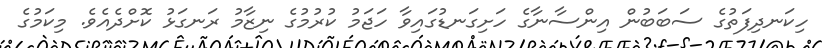
ހިކަނދިފަތުގެ ސަބަބުން އިންސާނާގެ ހަށިގަނޑުގައިވާ ހަޖަމު ކުރުމުގެ ނިޒާމު ރަނގަޅު ކޮށްދެއެވެ. މިކަމުގެ